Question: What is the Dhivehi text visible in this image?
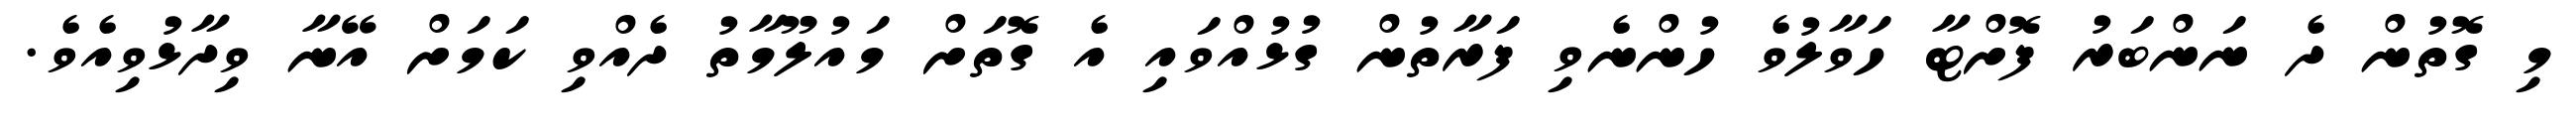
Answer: މި ގޮތުން ދެ ނަންބަރު ފޮށްޓާ ހަވާލުވެ ހުންނެވި ފަރާތުން ގުޅުއްވައި އެ ގޮތަށް މައުލޫމާތު ދެއްވި ކަމަށް އޭނާ ވިދާޅުވިއެވެ.